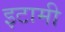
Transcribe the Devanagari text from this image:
इटामी